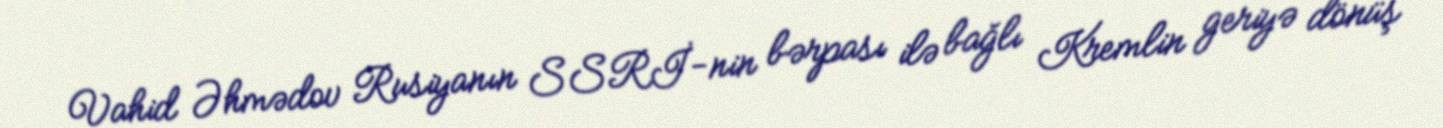
Vahid Əhmədov Rusiyanın SSRİ-nin bərpası ilə bağlı Kremlin geriyə dönüş